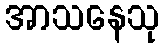
အာသနေသု